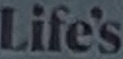
Life's